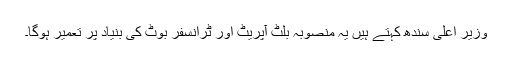
وزیرِ اعلیٰ سندھ کہتے ہیں یہ منصوبہ بلٹ آپریٹ اور ٹرانسفر بوٹ کی بنیاد پر تعمیر ہوگا۔